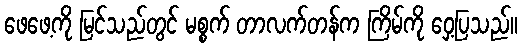
ဖေဖေ့ကို မြင်သည်တွင် မစ္စက် တာလက်တန်က ကြိမ်ကို ဝှေ့ပြသည်။